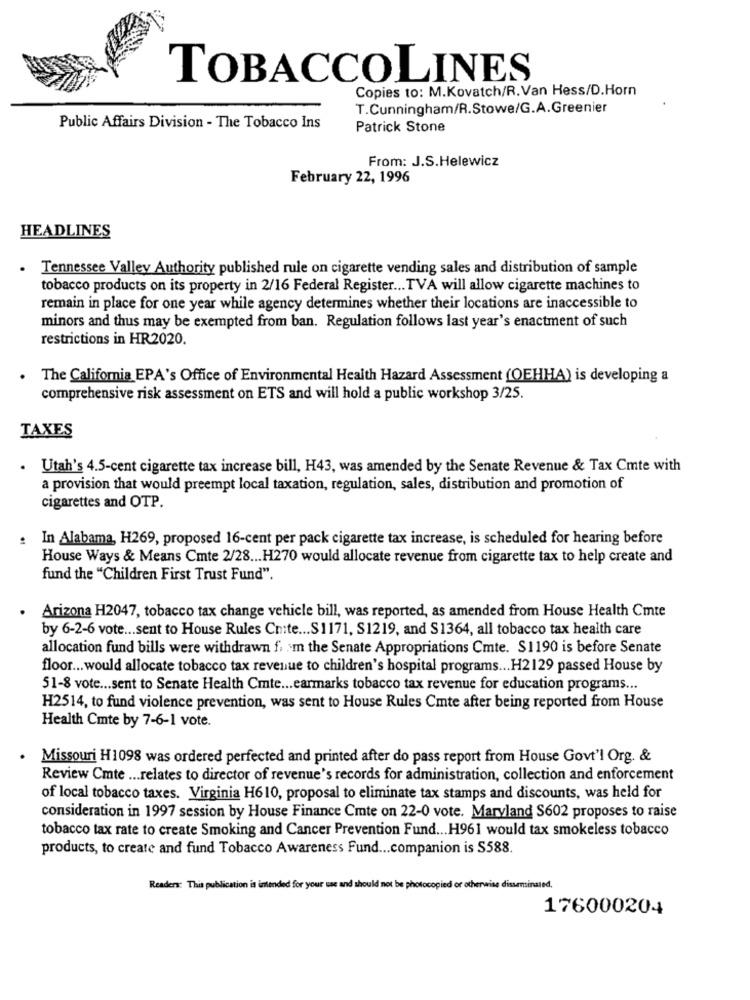
TOBACCOLINES
Copies to: M.Kovatch/R. Van Hess/D.Horn
T.Cunningham/R.Stowe/G.A.Greenier
Public Affairs Division - The Tobacco Ins
Patrick Stone
From: J.S.Helewicz
February 22, 1996
HEADLINES
.
Tennessee Valley Authority published rule on cigarette vending sales and distribution of sample
tobacco products on its property in 2/16 Federal Register ... TVA will allow cigarette machines to
remain in place for one year while agency determines whether their locations are inaccessible to
minors and thus may be exempted from ban. Regulation follows last year's enactment of such
restrictions in HR2020.
The California EPA's Office of Environmental Health Hazard Assessment (OEHHA) is developing a
comprehensive risk assessment on ETS and will hold a public workshop 3/25.
TAXES
Utah's 4.5-cent cigarette tax increase bill, H43, was amended by the Senate Revenue & Tax Cmte with
a provision that would preempt local taxation, regulation, sales, distribution and promotion of
cigarettes and OTP.
: In Alabama, H269, proposed 16-cent per pack cigarette tax increase, is scheduled for hearing before
House Ways & Means Cmte 2/28 ... H270 would allocate revenue from cigarette tax to help create and
fund the "Children First Trust Fund".
Arizona H2047, tobacco tax change vehicle bill, was reported, as amended from House Health Cmte
by 6-2-6 vote ... sent to House Rules Cn:te ... S1171, S1219, and S1364, all tobacco tax health care
allocation fund bills were withdrawn f. m the Senate Appropriations Cmte. $1190 is before Senate
floor ... would allocate tobacco tax revenue to children's hospital programs ... H2129 passed House by
51-8 vote ... sent to Senate Health Cmte ... earmarks tobacco tax revenue for education programs ...
H2514, to fund violence prevention, was sent to House Rules Cmte after being reported from House
Health Cmte by 7-6-1 vote.
.
Missouri H1098 was ordered perfected and printed after do pass report from House Govt'l Org. &
Review Cmte ... relates to director of revenue's records for administration, collection and enforcement
of local tobacco taxes. Virginia H610, proposal to eliminate tax stamps and discounts, was held for
consideration in 1997 session by House Finance Cmte on 22-0 vote. Maryland S602 proposes to raise
tobacco tax rate to create Smoking and Cancer Prevention Fund ... H961 would tax smokeless tobacco
products, to create and fund Tobacco Awareness Fund ... companion is S588.
Readers: This publication is intended for your use and should not
Mocopied or otherwise disseminated,
176000204